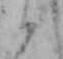
か